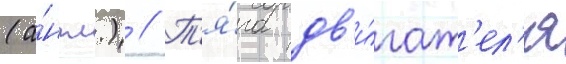
(а́нгл.) // Т'я́га дв'и́гат'ел'я